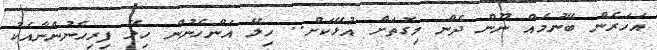
އަހަރެން ބޭނުމެއް ނޫން ދެން މިގޮތަށް އުޅޭކަށް.. ހިލޭ އަންހެނުން ހިލޭ ފިރިހެނުންނާއެކު